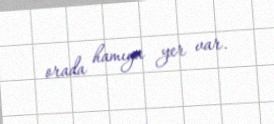
orada hamıya yer var.